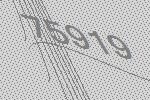
75919